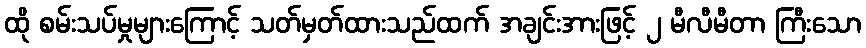
ထို စမ်းသပ်မှုများကြောင့် သတ်မှတ်ထားသည်ထက် အချင်းအားဖြင့် ၂ မီလီမီတာ ကြီးသော